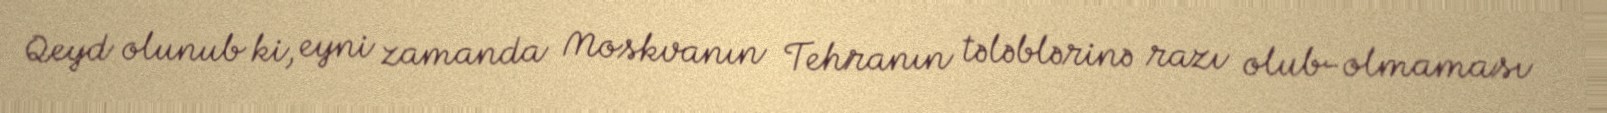
Qeyd olunub ki, eyni zamanda Moskvanın Tehranın tələblərinə razı olub-olmaması